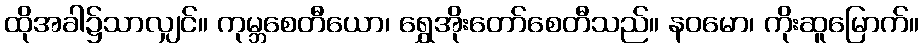
ထိုအခါ၌သာလျှင်။ ကုမ္ဘစေတီယော၊ ရွှေအိုးတော်စေတီသည်။ နဝမော၊ ကိုးဆူမြောက်။